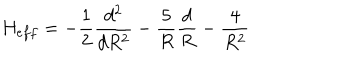
LaTeX: H _ { e f f } = - \frac { 1 } { 2 } \frac { d ^ { 2 } } { d R ^ { 2 } } - \frac { 5 } { R } \frac { d } { R } - \frac { 4 } { R ^ { 2 } }